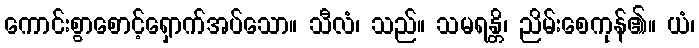
ကောင်းစွာစောင့်ရှောက်အပ်သော။ သီလံ၊ သည်။ သမရန္တိ၊ ညိမ်းစေကုန်၏။ ယံ၊